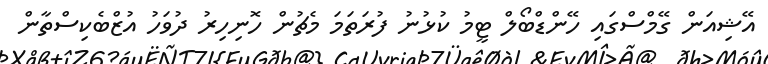
އޭޝިއަން ގޭމްސްގައި ހޭންޑްބޯލް ޓީމު ކުޅުނު ފުރަތަމަ މެޗުން ހޮނިހިރު ދުވަހު އުޒްބެކިސްތާން